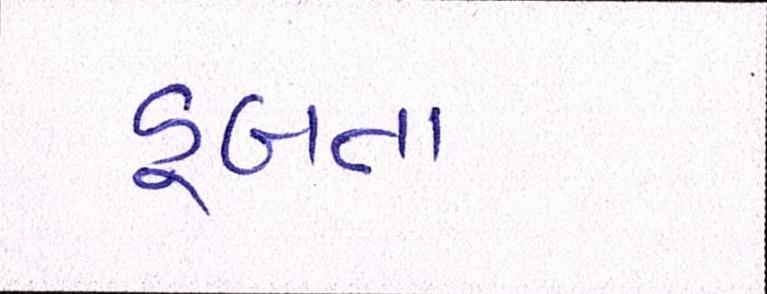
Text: ડૂબતા